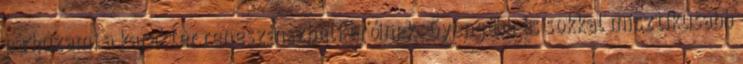
párhuzami a karakter reneszánszbeli erőinek. Gyengébb és sokkal misztikusabb